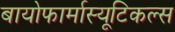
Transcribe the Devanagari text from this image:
बायोफार्मास्यूटिकल्स